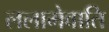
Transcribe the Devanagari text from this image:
ललामेवाति